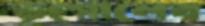
ভূগোলের